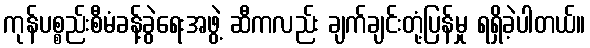
ကုန်ပစ္စည်းစီမံခန့်ခွဲရေးအဖွဲ့ ဆီကလည်း ချက်ချင်းတုံ့ပြန်မှု ရရှိခဲ့ပါတယ်။